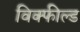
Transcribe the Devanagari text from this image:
विक्फील्ड